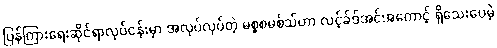
ပြန်ကြားရေးဆိုင်ရာလုပ်ငန်းမှာ အလုပ်လုပ်တဲ့ မစ္စစမစ်သ်ဟာ လင့်ခ်ဒ်အင်အကောင့် ရှိသေးပေမဲ့